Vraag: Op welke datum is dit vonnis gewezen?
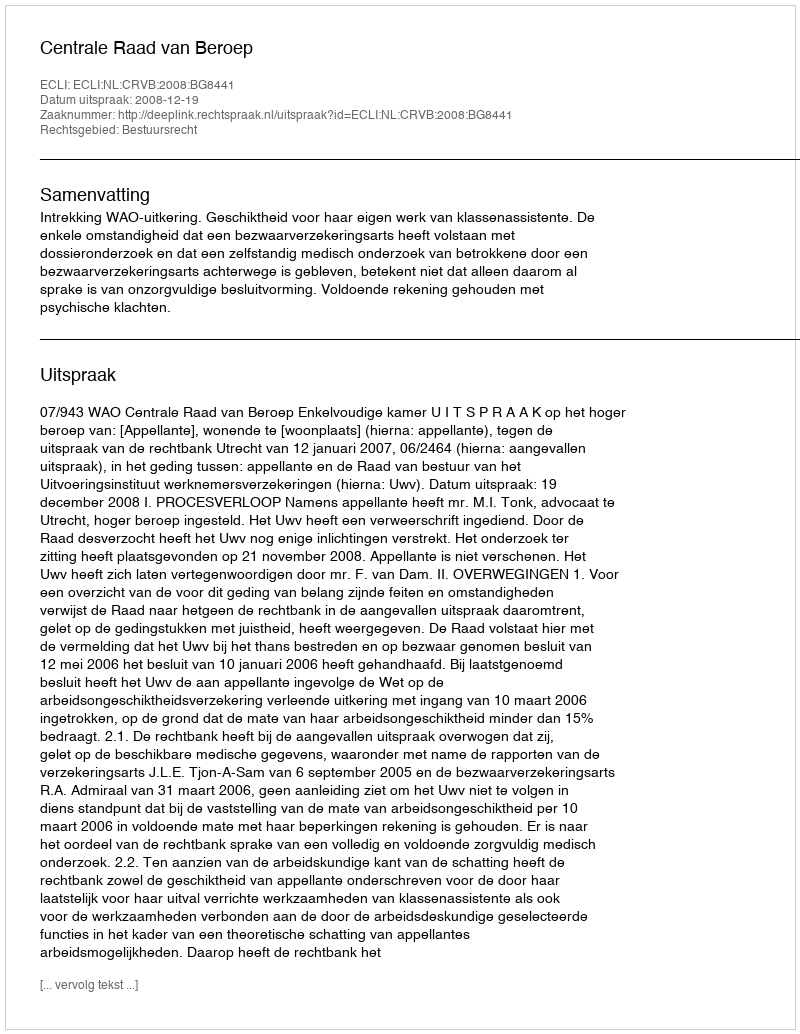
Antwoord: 2008-12-19